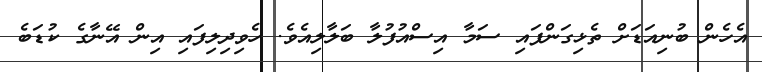
އެހެން ބުނިއަޑަށް ތެޅިގަންފައި ސަމާ އިސްއުފުލާ ބަލާލިއެވެ. ހެވިދިލިފައި އިން އޭނާގެ ކުޑަބެ